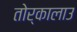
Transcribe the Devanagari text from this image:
तोर्कालाउ